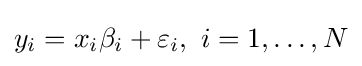
y_{i}=x_{i}\beta _{i}+\varepsilon _{i},\ i=1,\ldots ,N